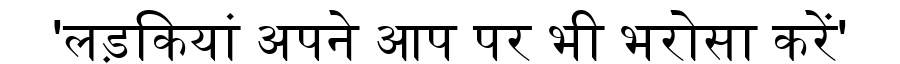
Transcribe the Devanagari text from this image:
'लड़कियां अपने आप पर भी भरोसा करें'